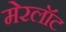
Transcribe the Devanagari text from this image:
मेरलॉट